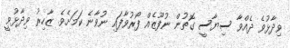
ވިދާޅުވެ ދެއްވާ ސިޔާސީ ގޮތުން ނުފޫޒެއް ފޯރުވާފައި ނުވާނެ ކަމަށެވެ. ޒާހިރު ވިދާޅުވީ